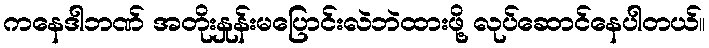
ကနေဒါဘဏ် အတိုးနှုန်းမပြောင်းလဲဘဲထားဖို့ လုပ်ဆောင်နေပါတယ်။